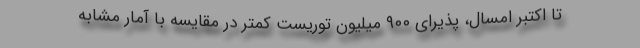
تا اکتبر امسال، پذیرای ۹۰۰ میلیون توریست کمتر در مقایسه با آمار مشابه